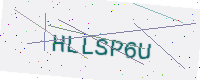
Text: HLLSP6U